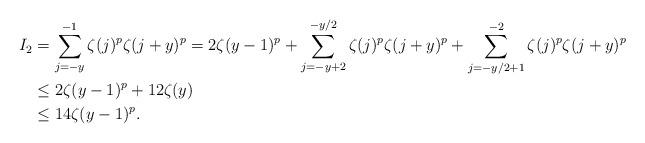
LaTeX: \begin{align*}I_2&=\sum_{j=-y}^{-1}\zeta(j)^p \zeta(j+y)^p=2\zeta(y-1)^p+\sum_{j=-y+2}^{-y/2}\zeta(j)^p \zeta(j+y)^p+\sum_{j=-y/2+1}^{-2}\zeta(j)^p \zeta(j+y)^p\\&\leq 2\zeta(y-1)^p+12 \zeta(y)\\&\leq 14 \zeta(y-1)^p.\end{align*}